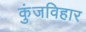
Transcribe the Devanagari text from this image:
कुंजविहार